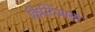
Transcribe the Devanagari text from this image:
क्रिस्टिआनो